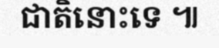
ជាតិនោះទេ ៕